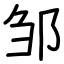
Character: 邹